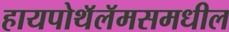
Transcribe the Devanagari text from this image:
हायपोथॅलॅमसमधील